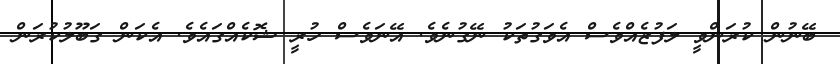
ބޭނުން ކުރަންވީ ލަފުޒެއްވެސް އެވަގުތަކު ނޭގުނެވެ. އޭނަވެސް ހުރީ ޝޮކެއްގައެވެ. އެކަން ގަބޫލުކުރަން